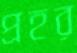
প্রহর